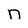
Character: n